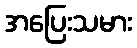
အပြေးသမား